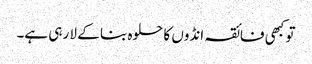
تو کبھی فائقہ انڈوں کا حلوہ بنا کے لا رہی ہے۔